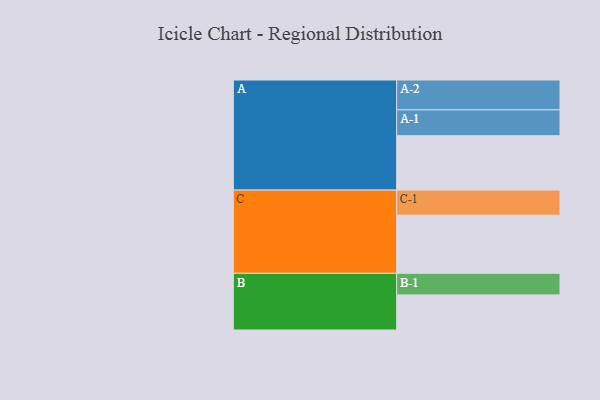
{"axis": {"x": "Segment", "y": "Value"}, "legend": ["", "A", "B", "C"], "data": [{"x": "A", "y": 514, "type": ""}, {"x": "B", "y": 332, "type": ""}, {"x": "C", "y": 549, "type": ""}, {"x": "A-1", "y": 245, "type": "A"}, {"x": "A-2", "y": 282, "type": "A"}, {"x": "B-1", "y": 204, "type": "B"}, {"x": "C-1", "y": 238, "type": "C"}]}